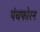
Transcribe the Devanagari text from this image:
पंचफोरन